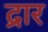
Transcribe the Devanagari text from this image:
द्रार